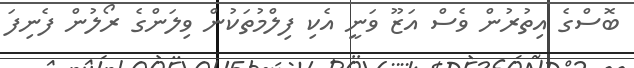
ބޮސްގެ އިތުރުން ވެސް އަޒޫ ވަނީ އެކި ފިލްމުތަކުން ވިލަންގެ ރޯލުން ފެނިފަ